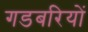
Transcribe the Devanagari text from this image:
गडबरियों